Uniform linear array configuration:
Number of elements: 48
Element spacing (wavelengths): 0.25
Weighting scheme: exponential
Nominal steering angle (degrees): -60
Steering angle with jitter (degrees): -61.817
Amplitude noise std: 0.05
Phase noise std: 0.05

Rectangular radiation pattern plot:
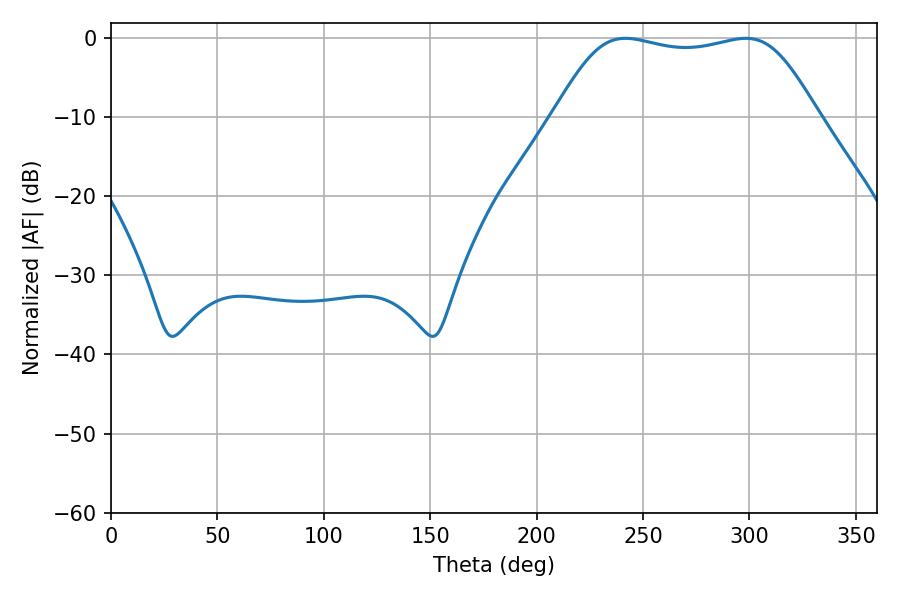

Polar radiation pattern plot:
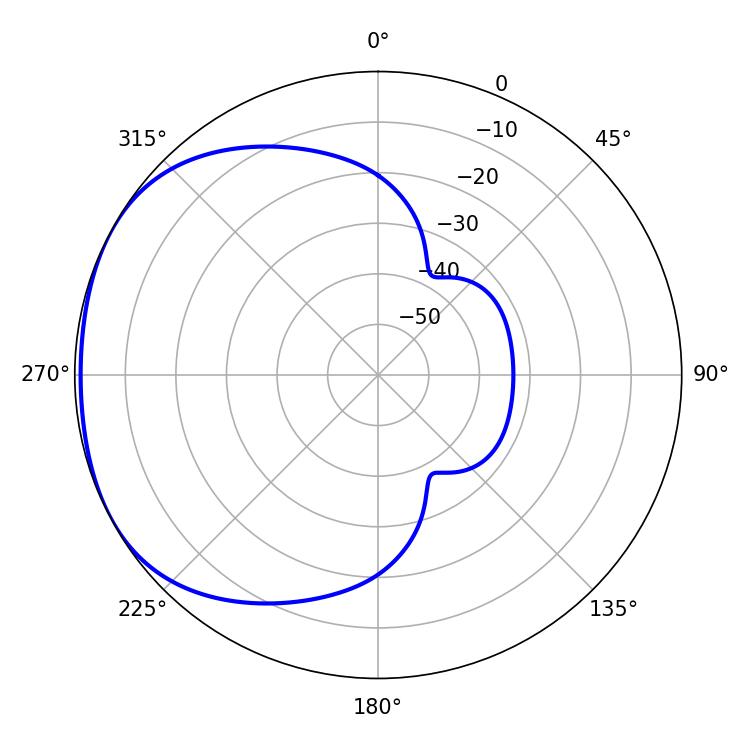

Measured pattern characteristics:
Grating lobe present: FALSE
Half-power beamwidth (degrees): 94.32
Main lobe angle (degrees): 241.74